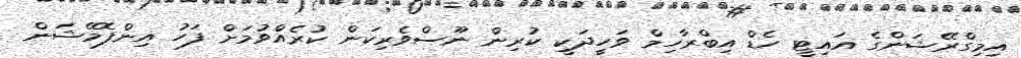
އިމިގްރޭޝަންގެ އައިޓީ ހެޑް އިބްރާހިމް ވަހީދަކީ ކުރިން ނޫސްވެރިކަން ކުރެއްވުމަށް ފަހު އިންފޮމޭޝަން